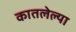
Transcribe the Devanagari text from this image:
कातलेल्या